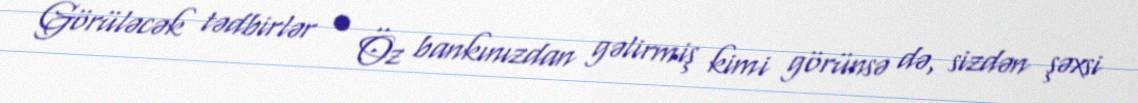
Görüləcək tədbirlər • Öz bankınızdan gəlirmiş kimi görünsə də, sizdən şəxsi